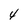
Character: 4